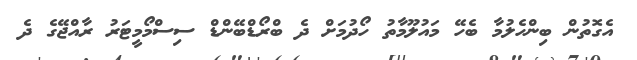
އެގޮތުން ބިންހެލުމާ ބެހޭ މައުލޫމާތު ހޯދުމަށް ދެ ބްރޯޑްބޭންޑް ސިސްމޯމީޓަރު ރާއްޖޭގެ ދެ